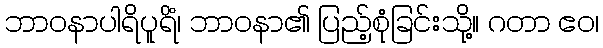
ဘာဝနာပါရိပူရိံ၊ ဘာဝနာ၏ ပြည့်စုံခြင်းသို့။ ဂတာ ဧဝ၊